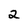
Character: 2